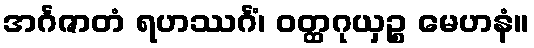
အင်္ဂဇာတံ ရဟဿင်္ဂံ၊ ဝတ္ထဂုယှဉ္စ မေဟနံ။